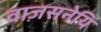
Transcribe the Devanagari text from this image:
वाज़सनेयि